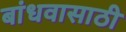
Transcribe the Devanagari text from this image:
बांधवासाठी